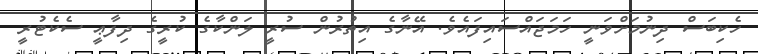
ހެކިބަސް ދިނުމަށްވަނީ ހަމަޖައްސައިފައެވެ. އޭނާގެ އިތުރުން ސުރީ ލަންކާގެ ކުރީގެ ދިފާޢީ ސެކެޓުރީ